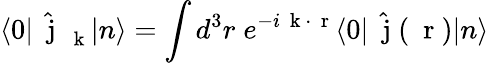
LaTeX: \langle 0|\hat{\mathrm{~\mathbf~j~}}_{\mathrm{~\mathbf~k~}}|n\rangle=\int d^{3}r\; e^{-i\mathrm{~\mathbf~k~}\cdot\mathrm{~\mathbf~r~}}\langle 0|\hat{\mathrm{~\mathbf~j~}}(\mathrm{~\mathbf~r~})|n\rangle